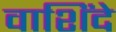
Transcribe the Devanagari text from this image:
वाशिंदे